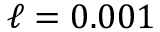
\ell = 0 . 0 0 1